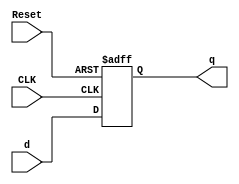
`timescale 1ns / 1ps
//////////////////////////////////////////////////////////////////////////////////
// Company: 
// Engineer: 
// 
// Design Name: 
// Module Name: ProgramCounter
// Project Name: 
// Target Devices: 
// Tool Versions: 
// Description: 
// 
// Dependencies: 
// 
// Revision:
// Revision 0.01 - File Created
// Additional Comments:
// 
//////////////////////////////////////////////////////////////////////////////////
//flip flop with synchronous reset
module flopr#(parameter WIDTH = 8) (CLK, Reset, d, q);
	input CLK; //clock
	input Reset; //reset
	input [WIDTH - 1: 0] d; //
	output reg [WIDTH - 1: 0] q;
	
	always @(posedge CLK, posedge Reset)
	begin
		if (Reset) q <= 0;
		else q <= d;// d fist, q second
	end
endmodule